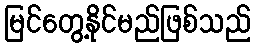
မြင်တွေ့နိုင်မည်ဖြစ်သည်